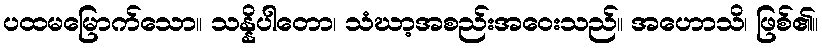
ပထမမြောက်သော။ သန္နိပါတော၊ သံဃာ့အစည်းအဝေးသည်။ အဟောသိ၊ ဖြစ်၏။